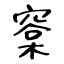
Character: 㮤